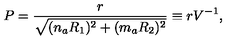
P = \frac { r } { \sqrt { ( n _ { a } R _ { 1 } ) ^ { 2 } + ( m _ { a } R _ { 2 } ) ^ { 2 } } } \equiv r V ^ { - 1 } ,